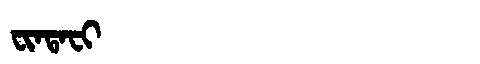
Manchu: ᠸᡳᠨᡨᠠᠸᡳ
Romanization: FINTAFI